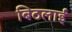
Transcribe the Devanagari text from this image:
बिठलाईं